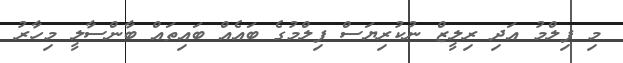
މި ފިލްމު އަދި ރިލީޒް ނުކުރިޔަސް ފިލްމުގެ ބައެއް ބައިތައް ބާންސާލީ މިހާރު